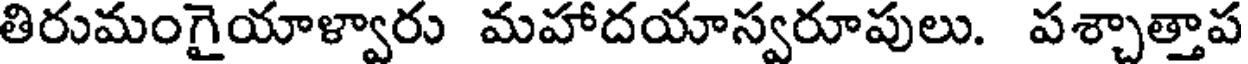
తిరుమంగైయాళ్వారు మహాదయాస్వరూపులు. పశ్చాత్తాప